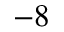
^ { - 8 }